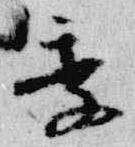
季